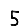
Digit: 5